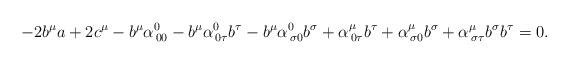
LaTeX: \begin{align*}-2b^\mu a + 2c^\mu-b^\mu\alpha^0_{\,00}-b^\mu\alpha^0_{\,0 \tau}b^\tau-b^\mu \alpha^0_{\,\sigma 0}b^\sigma + \alpha^\mu_{\,0\tau}b^\tau + \alpha^\mu_{\,\sigma 0}b^\sigma + \alpha^\mu_{\,\sigma\tau}b^\sigma b^\tau =0. \end{align*}